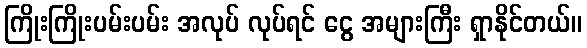
ကြိုးကြိုးပမ်းပမ်း အလုပ် လုပ်ရင် ငွေ အများကြီး ရှာနိုင်တယ်။